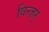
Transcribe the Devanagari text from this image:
विन्ज़र्